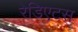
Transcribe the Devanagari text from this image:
रेडिएटस